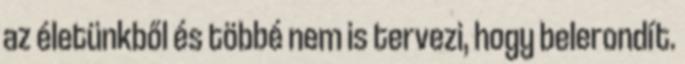
az életünkből és többé nem is tervezi, hogy belerondít.